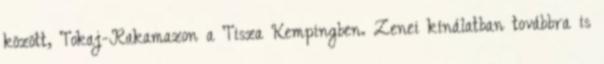
között, Tokaj-Rakamazon a Tisza Kempingben. Zenei kínálatban továbbra is